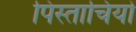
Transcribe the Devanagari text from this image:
पिस्ताचियो